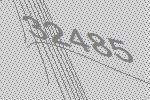
32485